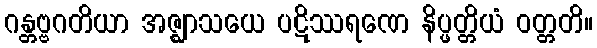
ဂန္တဗ္ဗဂတိယာ အဇ္ဈာသယေ ပဋိဿရဏေ နိပ္ဖတ္တိယံ ဝတ္တတိ။